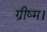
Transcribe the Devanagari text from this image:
ग्रीष्म।